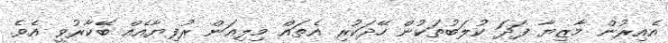
އެއިރުން މާޒިޔާ ފަދަ ކުލަބުތަކުން ހޭދަކުރި އެތައް މިލިއަން ރުފިޔާއެއް ބޭކާރުވީ އެވެ.